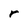
Character: r